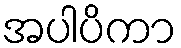
အပါပိကာ